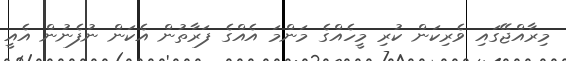
މިރާއްޖޭގައި ވެރިކަން ކުރި މީހެއްގެ މަންމަ އެއްގެ ފަރާތުން އެކަން ނުފެނުން އެއީ